Distribution and causation of leprosy in British India
Year: 1875
Disease focus: Leprosy
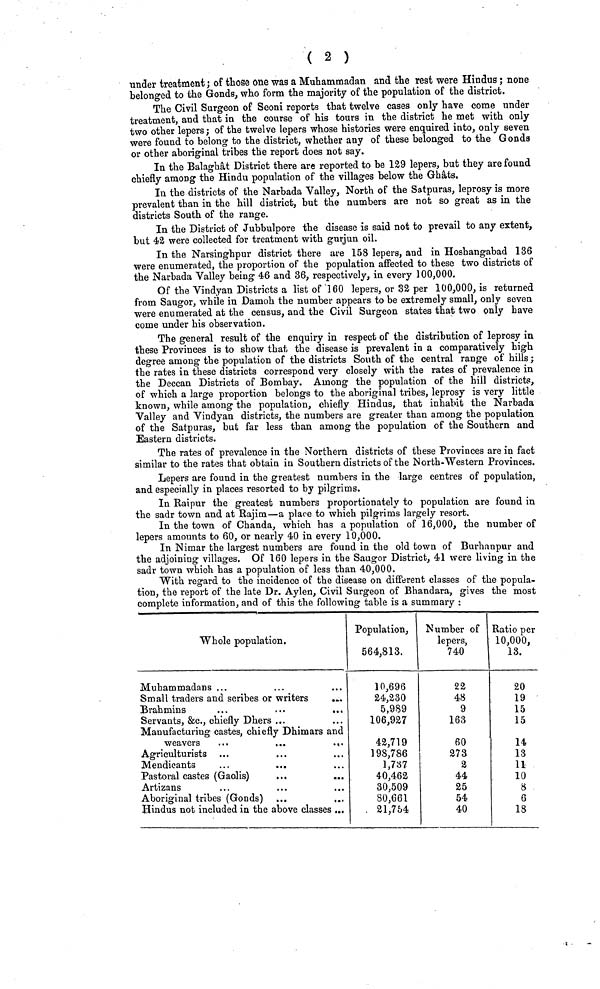
( 2 )
under treatment; of those one was a Muhammadan and the rest were Hindus ; none
belonged to the Gonds, who form the majority of the population of the district.
The Civil Surgeon of Seoni reports that twelve cases only have come under
treatment, and that in the course of his tours in the district he met with only
two other lepers ; of the twelve lepers whose histories were enquired into, only seven
were found to belong to the district, whether any of these belonged to the Gonds
or other aboriginal tribes the report does not say.
In the Balaghàt District there are reported to be 129 lepers, but they are found
chiefly among the Hindu population of the villages below the Ghats.
In the districts of the Narbada Valley, North of the Satpuras, leprosy is more
prevalent than in the hill district, but the numbers are not so great as in the
districts South of the range.
In the District of Jubbulpore the disease is said not to prevail to any extent,
but 42 were collected for treatment with gurjun oil.
In the Narsinghpur district there are 158 lepers, and in Hoshangabad 136
were enumerated, the proportion of the population affected to these two districts of
the Narbada Valley being 46 and 36, respectively, in every 100,000.
Of the Vindyan Districts a list of 160 lepers, or 32 per 100,000, is returned
from Saugor, while in Damoh the number appears to be extremely small, only seven
were enumerated at the census, and the Civil Surgeon states that two only have
come under his observation.
The general result of the enquiry in respect of the distribution of leprosy in
these Provinces is to show that the disease is prevalent in a comparatively high
degree among the population of the districts South of the central range of hills ;
the rates in these districts correspond very closely with the rates of prevalence in
the Deccan Districts of Bombay. Among the population of the hill districts,
of which a large proportion belongs to the aboriginal tribes, leprosy is very little
known, while among the population, chiefly Hindus, that inhabit the Narbada
Valley and Vindyan districts, the numbers are greater than among the population
of the Satpuras, but far less than among the population of the Southern and
Eastern districts.
The rates of prevalence in the Northern districts of these Provinces are in fact
similar to the rates that obtain in Southern districts of the North-Western Provinces.
Lepers are found in the greatest numbers in the large centres of population,
and especially in places resorted to by pilgrims.
In Raipur the greatest numbers proportionately to population are found in
the sadr town and at Bajim—a place to which pilgrims largely resort.
In the town of Chanda, which has a population of 16,000, the number of
lepers amounts to 60, or nearly 40 in every 10,000.
In Nimar the largest numbers are found in the old town of Burhanpur and
the adjoining villages. Of 160 lepers in the Saugor District, 41 were living in the
sadr town which has a population of less than 40,000.
With regard to the incidence of the disease on different classes of the popula-
tion, the report of the late Dr. Aylen, Civil Surgeon of Bhandara, gives the most
complete information, and of this the following table is a summary :
Whole population.
Muhammadans ...
Small traders and scribes or writers
...
Brahmins
Servants, &c., chiefly Dhers ...
Manufacturing castes, chiefly Dhimars and
weavers
...
...
.,.
Agriculturists
Mendicants
Pastoral castes (Gaolis)
..,
...
Artizans
Aboriginal tribes (Gonds)
Hindus not included in the above classes ...
Population,
564,813.
10,696
24,230
5,989
106,927
42,719
198,786
1,737
40,462
30,509
80,661
21,754
Number of
lepers,
740
22
48
9
163
60
273
2
44
25
54
40
Ratio per
10,000,
13.
20
19
15
15
14
13
11
10
8
6
18